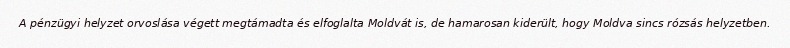
A pénzügyi helyzet orvoslása végett megtámadta és elfoglalta Moldvát is, de hamarosan kiderült, hogy Moldva sincs rózsás helyzetben.